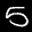
Label: 5